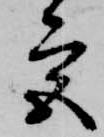
宮